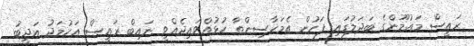
ރައީސް މައުމޫންގެ ބަދަލުގައި ފަހުން އެމަހާސިންތާ ހުޅުއްވައިދެއްވީ ނައިބް ރައީސް އަހުމަދު އަދީބު